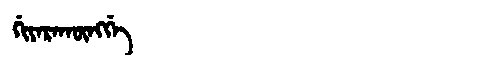
Manchu: ᡤᡳᠶᠠᡵᠠᡴᡡᠩᡤᡝ
Romanization: GIYARAKŪNGGE